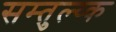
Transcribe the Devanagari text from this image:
सम्तुल्य्क